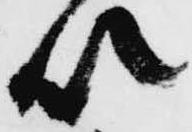
以